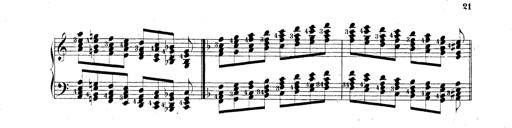
Title: Technische Studien
Composer: Franz Liszt